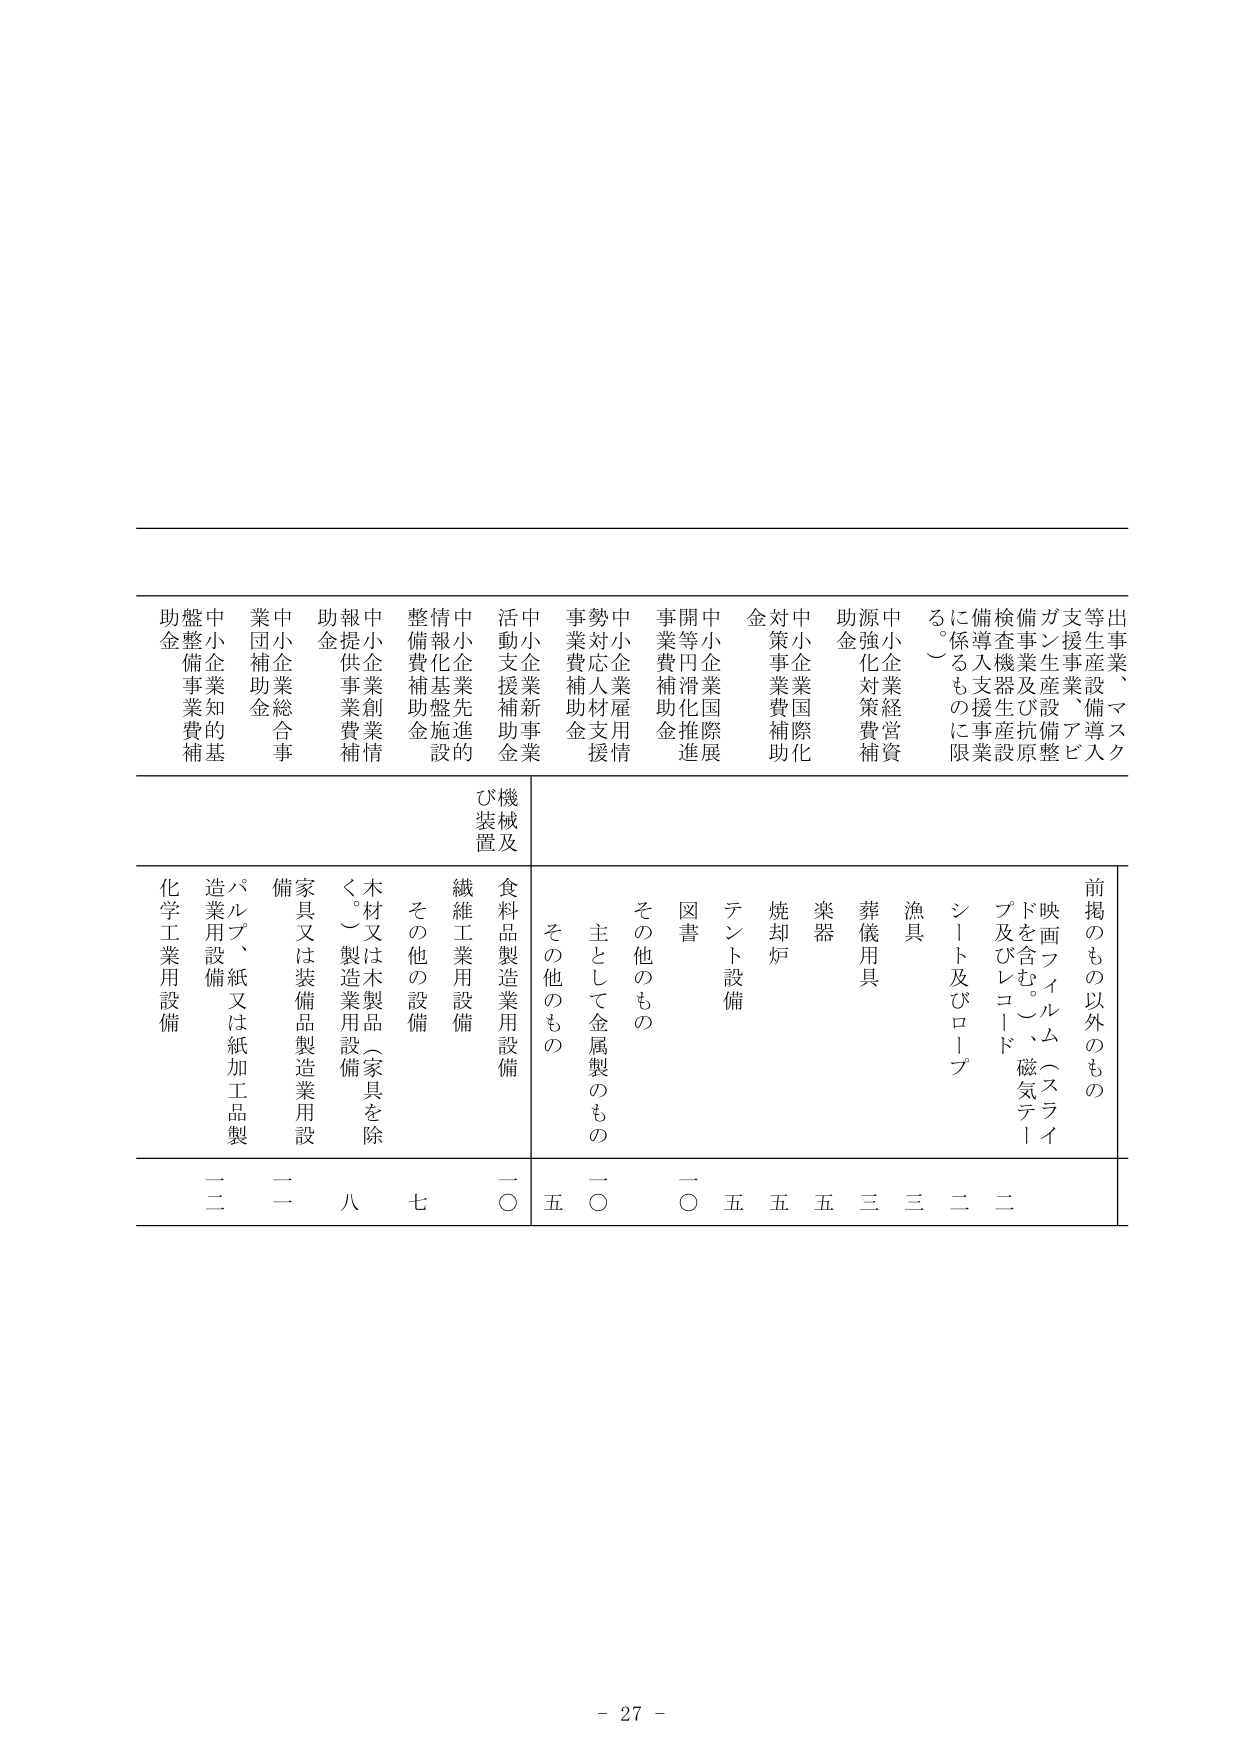
出事業、マスク等生産設備導入支援事業、備品アピガ支援事業及び抗原検査機器生産設備導入支援事業に係るものに限る。
中小企業経営資源強化対策費補助金
中小企業国際化対策事業費補助金
中小企業国際展開等円滑化推進事業費補助金
中小企業雇用情勢対応人材支援事業費補助金
中小企業新事業活動支援補助金
中小企業先進的情報化基盤施設整備費補助金
中小企業創業情報提供事業費補助金
中小企業総合事業団補助金
中小企業知的基盤整備事業費補助金

前掲のもの以外のもの
映画フィルム（スライドを含む。）、磁気テープ及びレコード
シート及びロープ
漁具
葬儀用具
楽器
焼却炉
テント設備
図書
その他のもの
主として金属製のもの
その他のもの
機械及び装置
食品製造業用設備
繊維工業用設備
その他の設備
木材又は木製品（家具を除く。）製造業用設備
家具又は装備品製造業用設備
パルプ、紙又は紙加工品製造業用設備
化学工業用設備

二
二
一
八
七
一〇
五
一〇
一〇
五
五
五
三
三
二
二

- 27 -